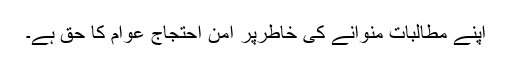
اپنے مطالبات منوانے کی خاطرپر امن احتجاج عوام کا حق ہے۔